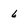
Character: 6